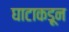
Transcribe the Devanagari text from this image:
घाटाकडून